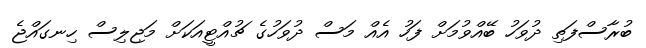
ބުރާސްފަތި ދުވަހު ބޭއްވުމަށް ފަހު އެއް މަސް ދުވަހުގެ ޗުއްޓީއަކަށް މަޖިލިސް ހިނގައްޖެ